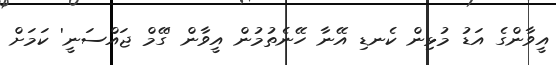
އީވާންގެ އަޑު މުޅިން ކެނޑި އޭނާ ހޭނެތުމުން އީވާން 'ގޭމް ޖައްސަނީ' ކަމަށް